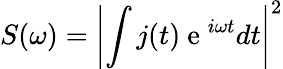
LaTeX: S(\omega)=\left|\int j(t)\mathrm{~e~}^{i\omega t}dt\right|^{2}